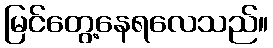
မြင်တွေ့နေရလေသည်။